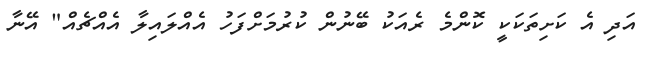
އަދި އެ ކަށިތަކަކީ ކޮންމެ ރެއަކު ބޭނުން ކުރުމަށްފަހު އެއްލައިލާ އެއްޗެއް" އޭނާ